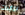
براينت